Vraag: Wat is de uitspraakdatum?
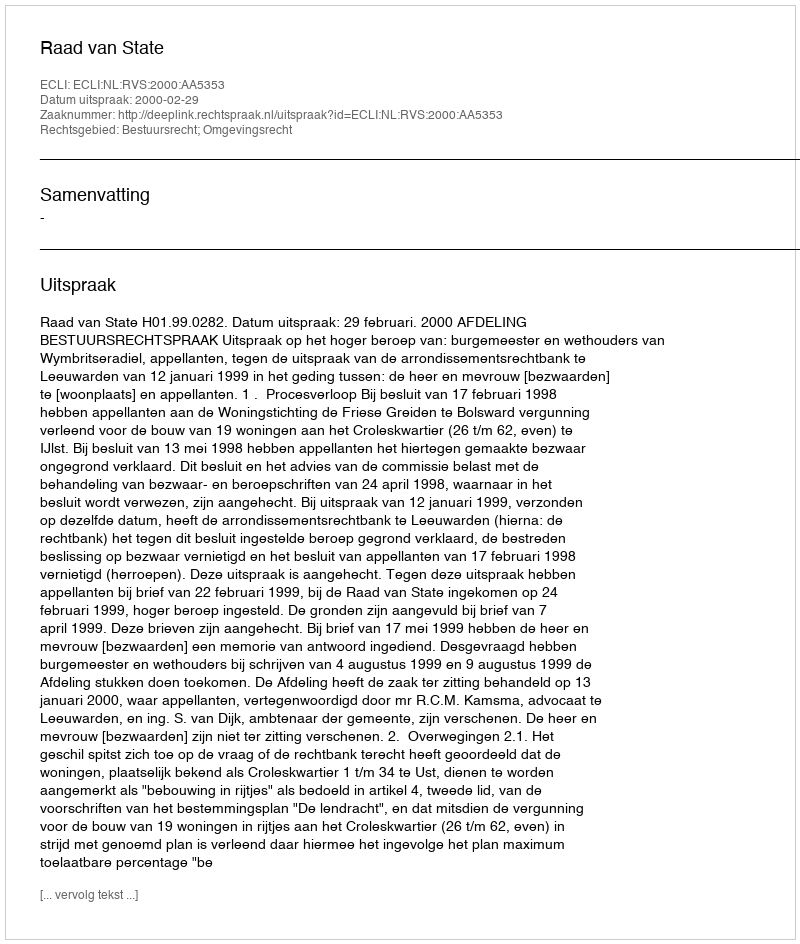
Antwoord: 2000-02-29